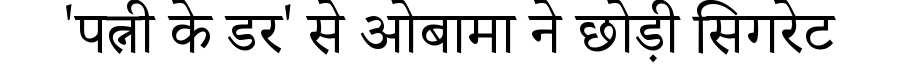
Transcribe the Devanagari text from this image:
'पत्नी के डर' से ओबामा ने छोड़ी सिगरेट